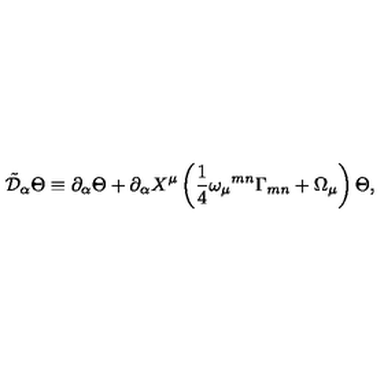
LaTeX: \tilde { { \cal D } } _ { \alpha } \Theta \equiv \partial _ { \alpha } \Theta + \partial _ { \alpha } X ^ { \mu } \left( { \frac { 1 } { 4 } } \omega _ { \mu } { } ^ { m n } \Gamma _ { m n } + \Omega _ { \mu } \right) \Theta ,